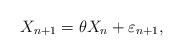
LaTeX: \begin{align*}X_{n+1}=\theta X_n+\varepsilon_{n+1},\end{align*}